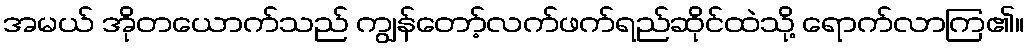
အမယ် အိုတယောက်သည် ကျွန်တော့်လက်ဖက်ရည်ဆိုင်ထဲသို့ ရောက်လာကြ၏။